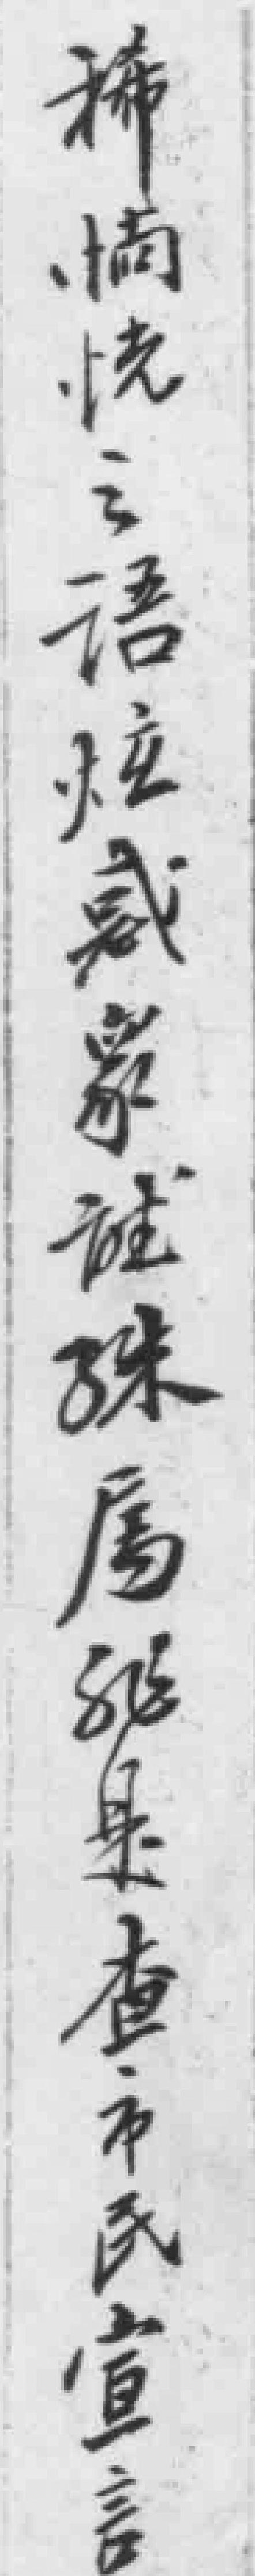
稀惝恍之語炫惑眾聽殊屬*查市民宣言